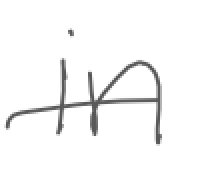
Text: in
Cross-out: single-line
Writing tool: digital_gray